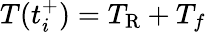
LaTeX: T(t_{i}^{+})=T_{\mathrm{R}}+T_{f}